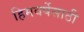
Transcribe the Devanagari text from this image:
हिमवर्षेसाठी